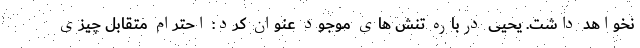
نخواهد داشت. یحیی درباره تنش های موجود عنوان کرد: احترام متقابل چیزی